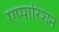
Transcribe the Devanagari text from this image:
एप्पारिशन